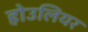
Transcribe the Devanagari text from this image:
होउलियर